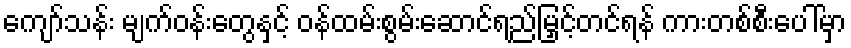
ကျော်သန်း မျက်ဝန်းတွေနှင့် ဝန်ထမ်းစွမ်းဆောင်ရည်မြှင့်တင်ရန် ကားတစ်စီးပေါ်မှာ